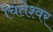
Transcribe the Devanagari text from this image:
चिंतेश्वर